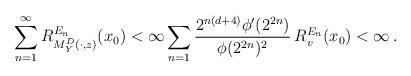
LaTeX: \begin{align*}\sum_{n=1}^{\infty}R^{E_n}_{M^D_Y(\cdot, z)}(x_0)<\infty \sum_{n=1}\frac{2^{n(d+4)}\phi'(2^{2n})}{\phi(2^{2n})^2}\, R^{E_n}_v(x_0)<\infty\, .\end{align*}